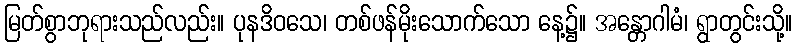
မြတ်စွာဘုရားသည်လည်း။ ပုနဒိဝသေ၊ တစ်ဖန်မိုးသောက်သော နေ့၌။ အန္တောဂါမံ၊ ရွာတွင်းသို့။